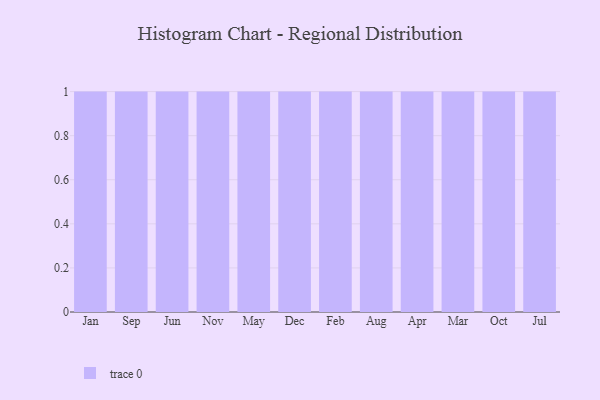
{"axis": {"x": "Month", "y": "Market Share (%)"}, "legend": [""], "data": [{"x": "Jan", "y": 33, "type": ""}, {"x": "Sep", "y": 77, "type": ""}, {"x": "Jun", "y": 80, "type": ""}, {"x": "Nov", "y": 79, "type": ""}, {"x": "May", "y": 24, "type": ""}, {"x": "Dec", "y": 88, "type": ""}, {"x": "Feb", "y": 83, "type": ""}, {"x": "Aug", "y": 53, "type": ""}, {"x": "Apr", "y": 25, "type": ""}, {"x": "Mar", "y": 62, "type": ""}, {"x": "Oct", "y": 79, "type": ""}, {"x": "Jul", "y": 81, "type": ""}]}